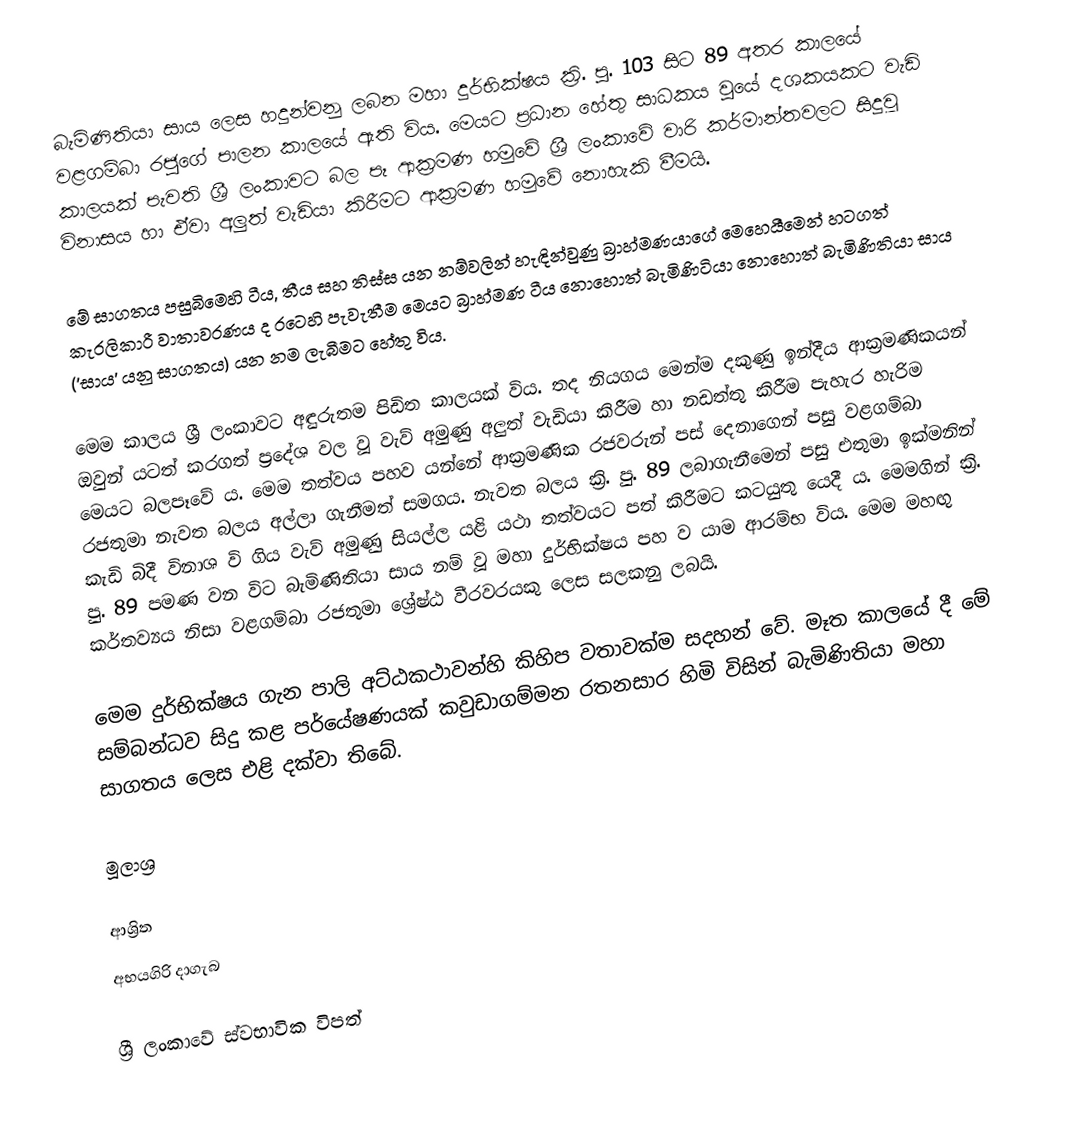
බැමිණිතියා සාය ලෙස හදුන්වනු ලබන මහා දුර්භික්ෂය ක්‍රි. පු. 103 සිට 89 අතර කාලයේ වළගම්බා රජුගේ පාලන කාලයේ ඇති විය. මෙයට ප්‍රධාන හේතු සාධකය වුයේ දශකයකට වැඩි කාලයක් පැවති ශ්‍රී ලංකාවට  බල පෑ ආක්‍රමණ හමුවේ ශ්‍රී ලංකාවේ වාරි කර්මාන්තවලට  සිදුවූ විනාසය හා ඒවා අලුත් වැඩියා කිරීමට ආක්‍රමණ හමුවේ නොහැකි වීමයි.

මේ සාගතය පසුබිමෙහි ටීය, තීය සහ තිස්ස යන නම්වලින් හැඳින්වුණු බ්‍රාහ්මණයාගේ මෙහෙයීමෙන් හටගත් කැරලිකාරී වාතාවරණය ද රටෙහි පැවැතීම මෙයට බ්‍රාහ්මණ ටීය නොහොත් බැමිණිටියා නොහොත් බැමිණිතියා සාය ('සාය' යනු සාගතය) යන නම ලැබීමට හේතු විය.

මෙම කාලය ශ්‍රී ලංකාවට  අඳුරුතම පිඩිත කාලයක් විය. තද නියගය මෙන්ම දකුණු ඉන්දීය ආක්‍රමණිකයන් ඔවුන් යටත් කරගත් ප්‍රදේශ වල වූ වැව් අමුණු අලුත් වැඩියා කිරීම හා නඩත්තු කිරීම පැහැර හැරිම මෙයට බලපෑවේ ය. මෙම තත්වය පහව යන්නේ ආක්‍රමණික රජවරුන් පස් දෙනාගෙන් පසු වළගම්බා රජතුමා නැවත බලය අල්ලා ගැනීමත් සමගය. නැවත බලය ක්‍රි. පු. 89 ලබාගැනීමෙන් පසු එතුමා ඉක්මනින් කැඩි බිදී විනාශ වි ගිය වැව් අමුණු සියල්ල යළි යථා තත්වයට පත් කිරීමට කටයුතු යෙදී ය. මෙමගින් ක්‍රි. පු. 89 පමණ වන විට බැමිණිතියා සාය නම් වූ මහා දුර්භික්ෂය පහ ව යාම ආරම්භ විය. මෙම මහඟු කර්තව්‍යය නිසා වළගම්බා රජතුමා ශ්‍රේෂ්ඨ වීරවරයකු ලෙස සලකනු ලබයි.

මෙම දුර්භික්ෂය ගැන පාලි අට්ඨකථාවන්හි කිහිප වතාවක්ම සදහන් වේ. මෑත කාලයේ දී මේ සම්බන්ධව සිදු කළ පර්යේෂණයක් කවුඩාගම්මන රතනසාර හිමි විසින් බැමිණිතියා මහා සාගතය ලෙස එළි දක්වා තිබේ.

මූලාශ්‍ර

ආශ්‍රිත
අභයගිරි දාගැබ

ශ්‍රී ලංකාවේ ස්වභාවික විපත්